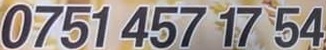
0751 457 17 54